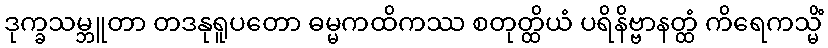
ဒုက္ခသမ္ဘူတာ တဒနုရူပတော ဓမ္မကထိကဿ စတုတ္ထိယံ ပရိနိဗ္ဗာနတ္ထံ ကိရေကသ္မိံ